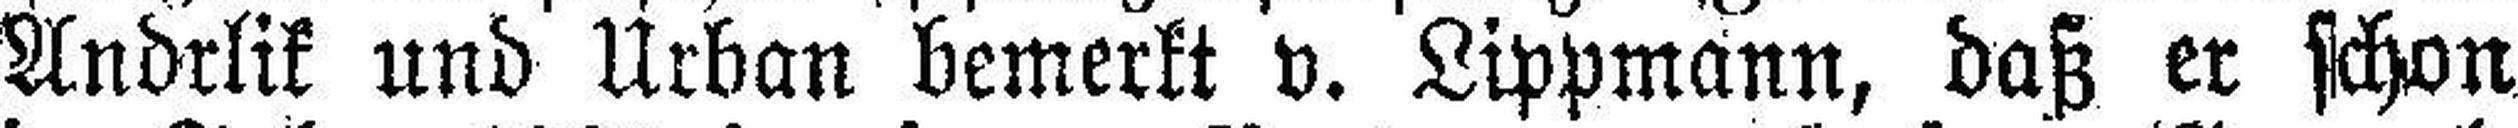
Andrlik und Urban bemerkt v. Lippmann, daß er schon